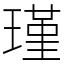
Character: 瑾